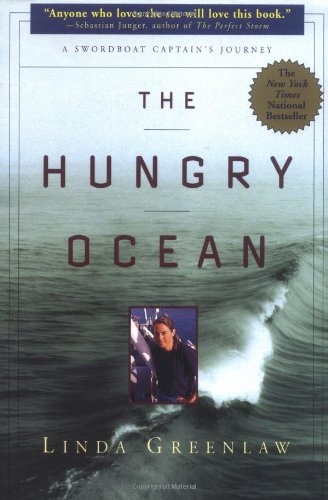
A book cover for The Hungry Ocean: A Swordboat Captain's Journey; Linda Greenlaw; Biographies & Memoirs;